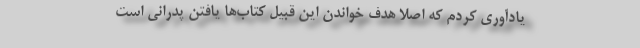
یادآوری کردم که اصلاً هدف خواندن این قبیل کتاب‌ها یافتن پدرانی است